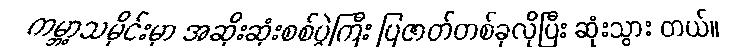
ကမ္ဘာ့သမိုင်းမှာ အဆိုးဆုံးစစ်ပွဲကြီး ပြဇာတ်တစ်ခုလိုပြီး ဆုံးသွား တယ်။